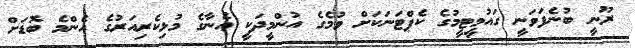
ރޫނީ ބުނެފަވަނީ ގައުމީޓީމުގެ ކެޕްޓަނަަކަށް ވުމެގެ އުންމީދަކީ އެނާގެ މުޅިކެރިއަރުގެ އެންމެ ބޮޑަށް